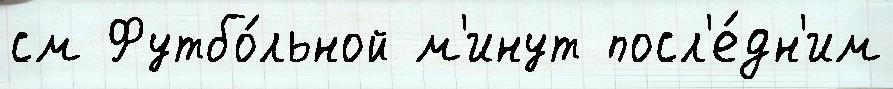
см Футбо́льной м'инут посл'е́дн'им